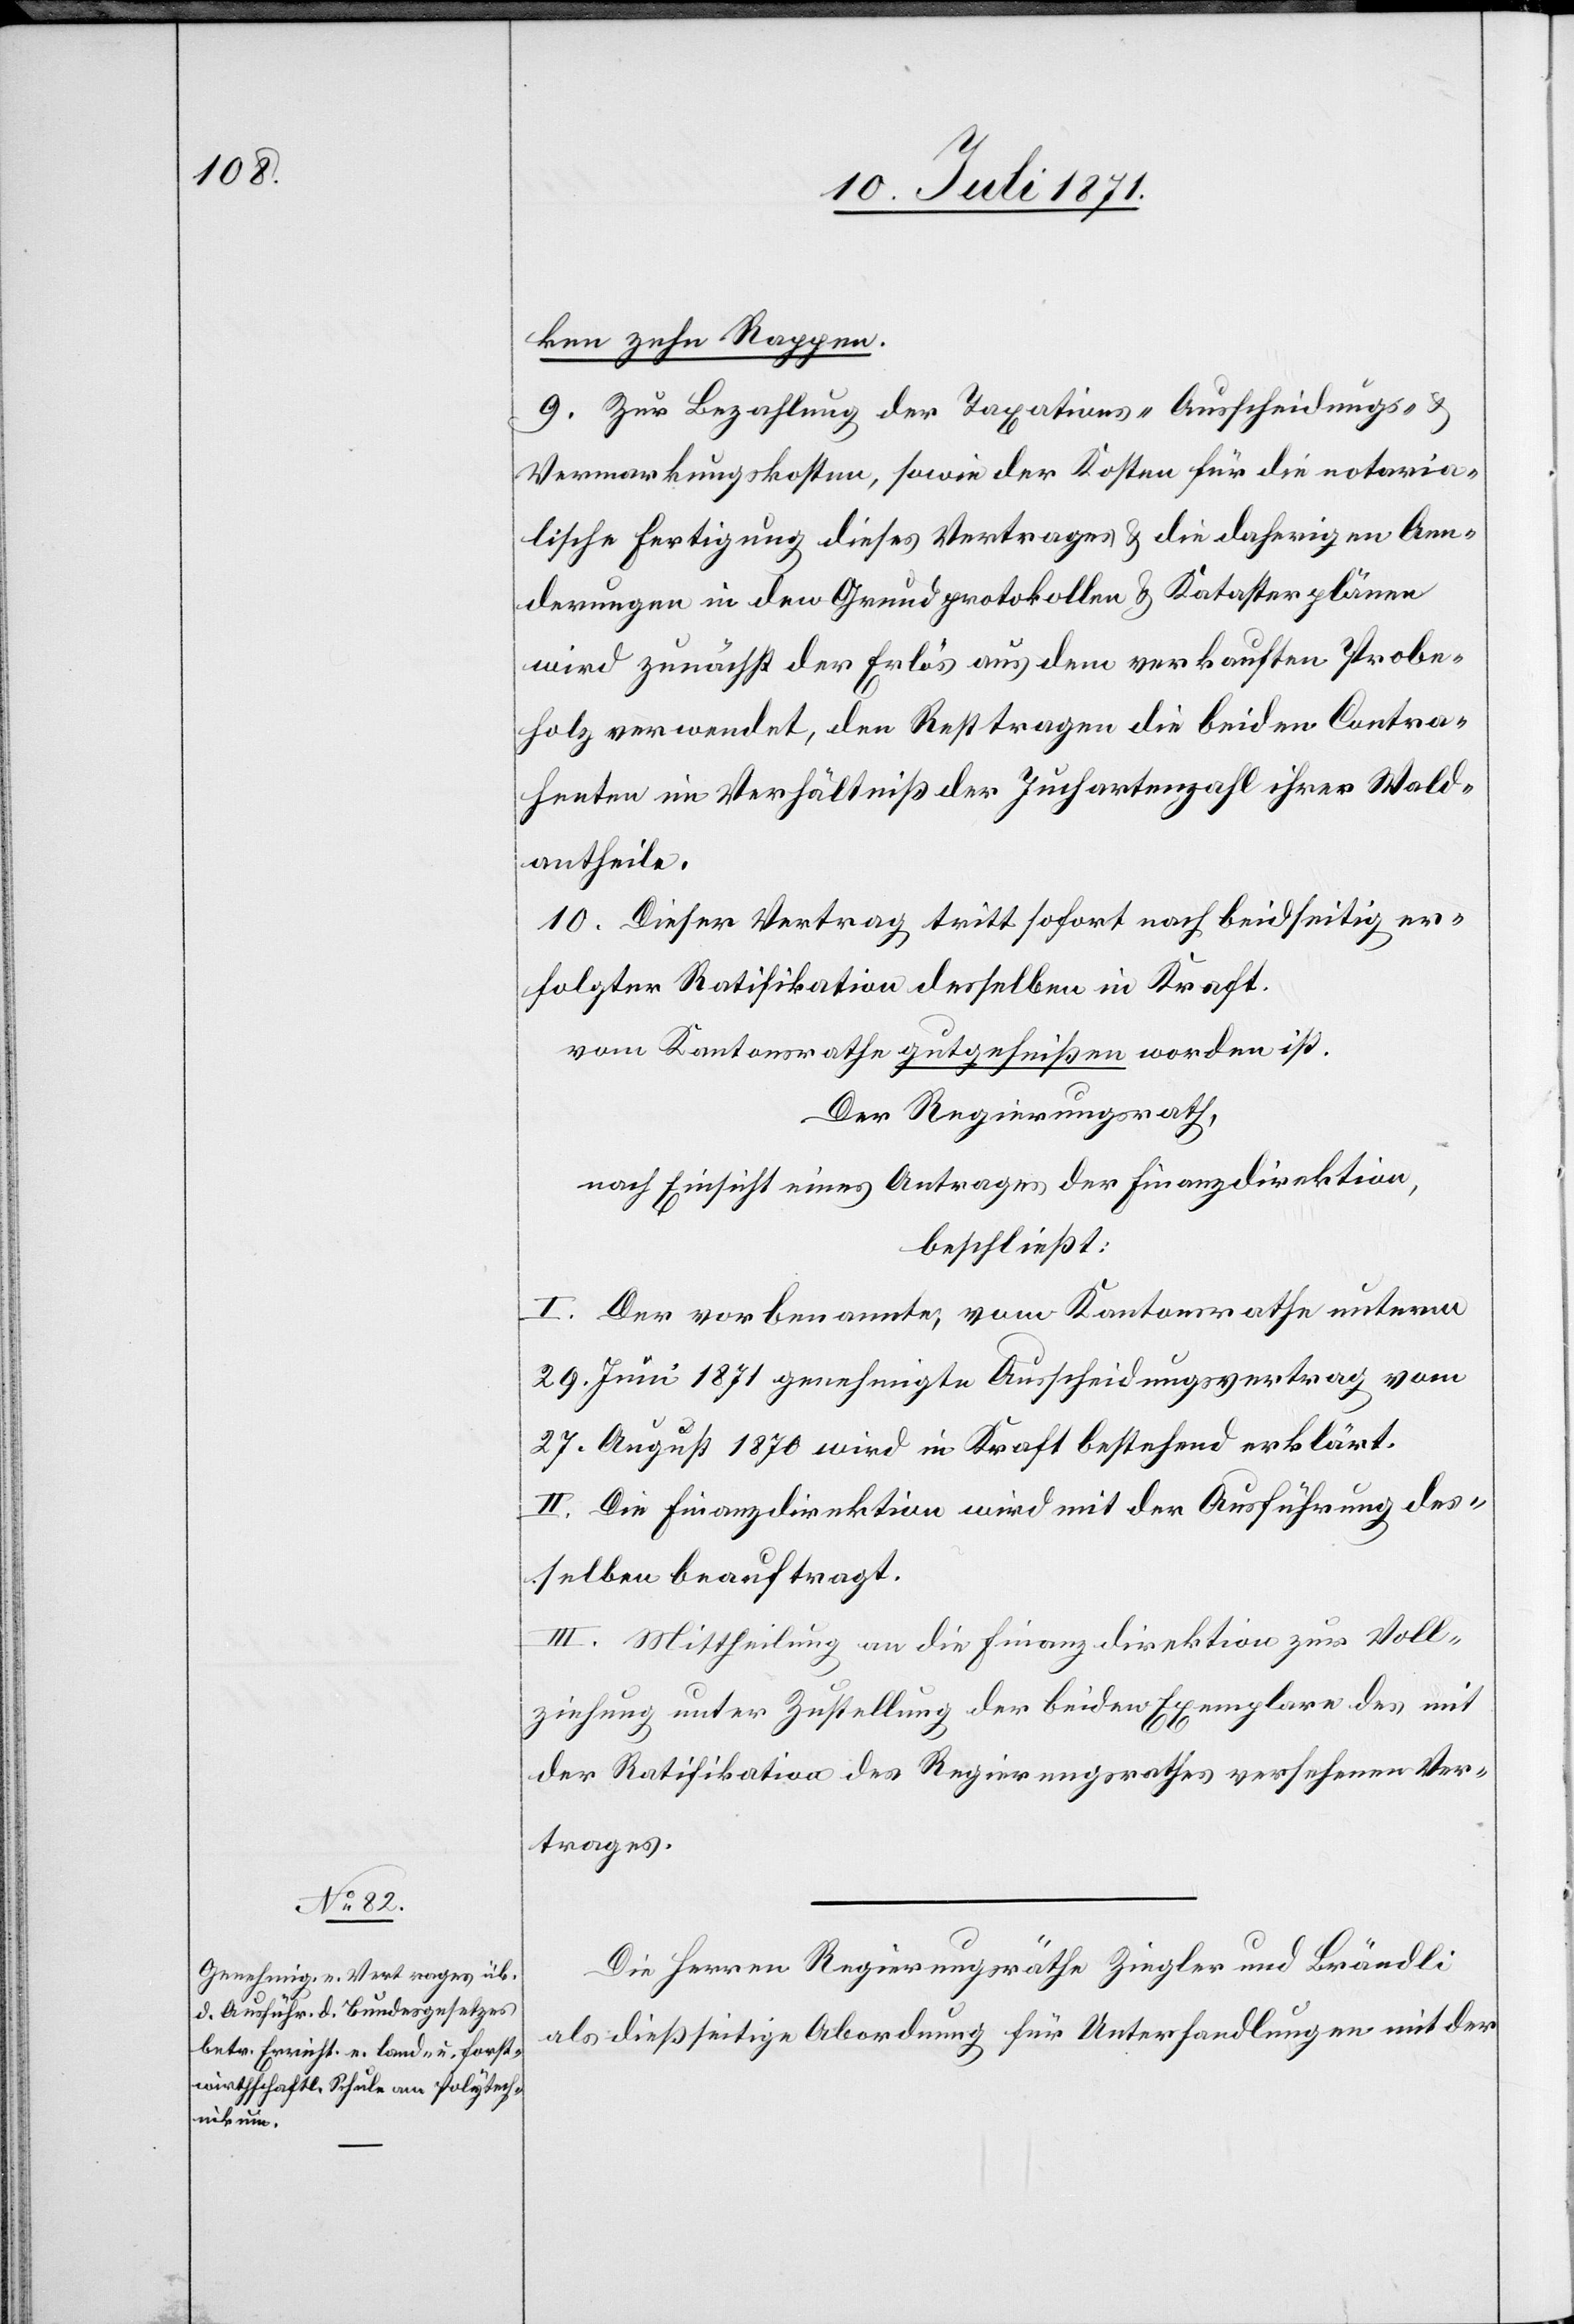
ken zehn Rappen.
9. Zur Bezahlung der Taxations- Ausscheidungs- u.
Vermarkungskosten, sowie der Kosten für die notaria¬
lische Fertigung dieses Vertrages u. die daherigen Aen¬
derungen in den Grundprotokollen u. Katasterplänen
wird zunächst der Erlös aus dem verkauften Probe¬
holz verwendet, den Rest tragen die beiden Contra¬
henten im Verhältniß der Juchartenzahl ihrer Wald¬
antheile.
10. Dieser Vertrag tritt sofort nach beidseitig er¬
folgter Ratifikation desselben in Kraft.
vom Kantonsrath gutgeheißen worden ist.
Der Regierungsrath,
nach Einsicht eines Antrages der Finanzdirektion,
beschließt:
I. Der vorbenannte, vom Kantonsrathe unterm
29. Juni 1871 genehmigte Ausscheidungsvertrag vom
27. August 1870 wird in Kraft bestehend erklärt.
II. Die Finanzdirektion wird mit der Ausführung des¬
selben beauftragt.
III. Mittheilung an die Finanzdirektion zur Voll¬
ziehung unter Zustellung der beiden Exemplare des mit
der Ratifikation des Regierungsrathes versehenden Ver¬
trages.
Die Herren Regierungsräthe Ziegler und Brändli
als dießseitige Abordnung für Unterhandlungen mit der